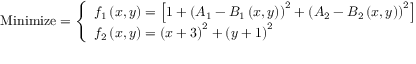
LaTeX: { \mathrm { M i n i m i z e } } = { \left\{ \begin{array} { l l } { f _ { 1 } \left( x , y \right) = \left[ 1 + \left( A _ { 1 } - B _ { 1 } \left( x , y \right) \right) ^ { 2 } + \left( A _ { 2 } - B _ { 2 } \left( x , y \right) \right) ^ { 2 } \right] } \\ { f _ { 2 } \left( x , y \right) = \left( x + 3 \right) ^ { 2 } + \left( y + 1 \right) ^ { 2 } } \end{array} \right. }